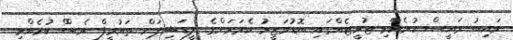
ނައިބު ރައީސް ކުރެއްވި ޓުވީޓެއްގައި ބޮޑުވަޒީރު ކެމަރަންގެ ލީޑަޝިޕަށް ތައުރީފް ވެސްް ކުރެއްވި